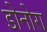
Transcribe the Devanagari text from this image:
डोनोरा